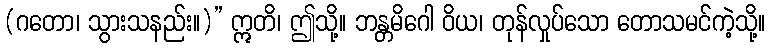
(ဂတော၊ သွားသနည်း။)” ဣတိ၊ ဤသို့။ ဘန္တမိဂေါ ဝိယ၊ တုန်လှုပ်သော တောသမင်ကဲ့သို့။